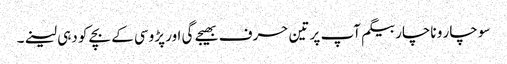
سو چار و ناچار بیگم آپ پر تین حرف بھیجے گی اور پڑوسی کے بچے کو دہی لینے۔